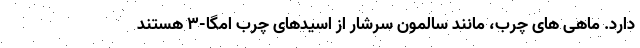
دارد. ماهی های چرب، مانند سالمون سرشار از اسیدهای چرب امگا-3 هستند